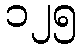
၁၂၅